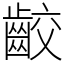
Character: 齩